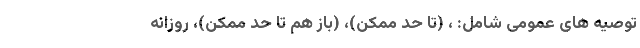
توصیه های عمومی شامل: ، (تا حد ممکن)، (باز هم تا حد ممکن)، روزانه